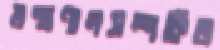
মন্ত্রণালসম্পর্কিত